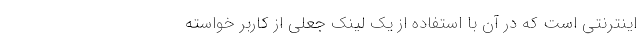
اینترنتی است که در آن با استفاده از یک لینک جعلی از کاربر خواسته